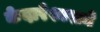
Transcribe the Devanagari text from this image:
केदारेश्वराने